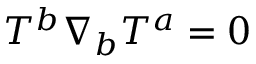
T ^ { b } \nabla _ { b } T ^ { a } = 0